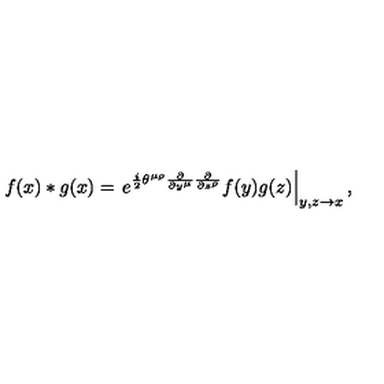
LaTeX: f ( x ) \ast g ( x ) = \left. e ^ { \frac { i } { 2 } \theta ^ { \mu \rho } \frac { \partial } { \partial y ^ { \mu } } \frac { \partial } { \partial z ^ { \rho } } } f ( y ) g ( z ) \right| _ { y , z \to x } ,